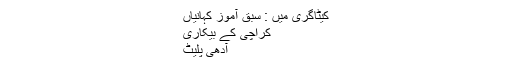
کیٹاگری میں : سبق آموز کہانیاں
کراچی کے بیکاری
آدھی پلیٹ